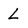
Character: L